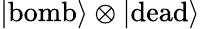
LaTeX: \left|\textrm{bomb}\right\rangle\otimes\left|\textrm{dead}\right\rangle